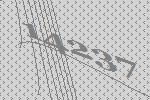
14237